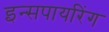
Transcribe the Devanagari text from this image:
इन्सपायरिंग